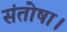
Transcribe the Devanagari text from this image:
संतोषा।